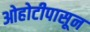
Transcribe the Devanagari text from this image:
ओहोटीपासून